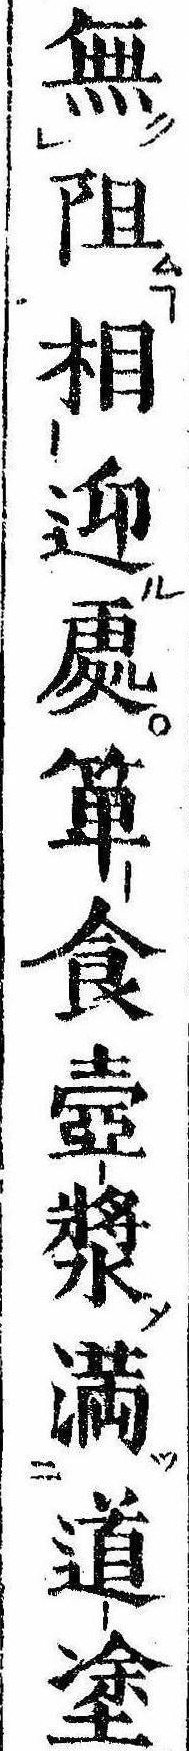
無阻相迎処箪食壷漿満道塗